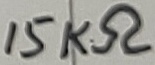
Text: 15KΩ